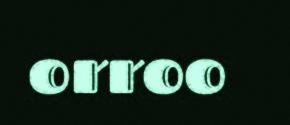
orroo